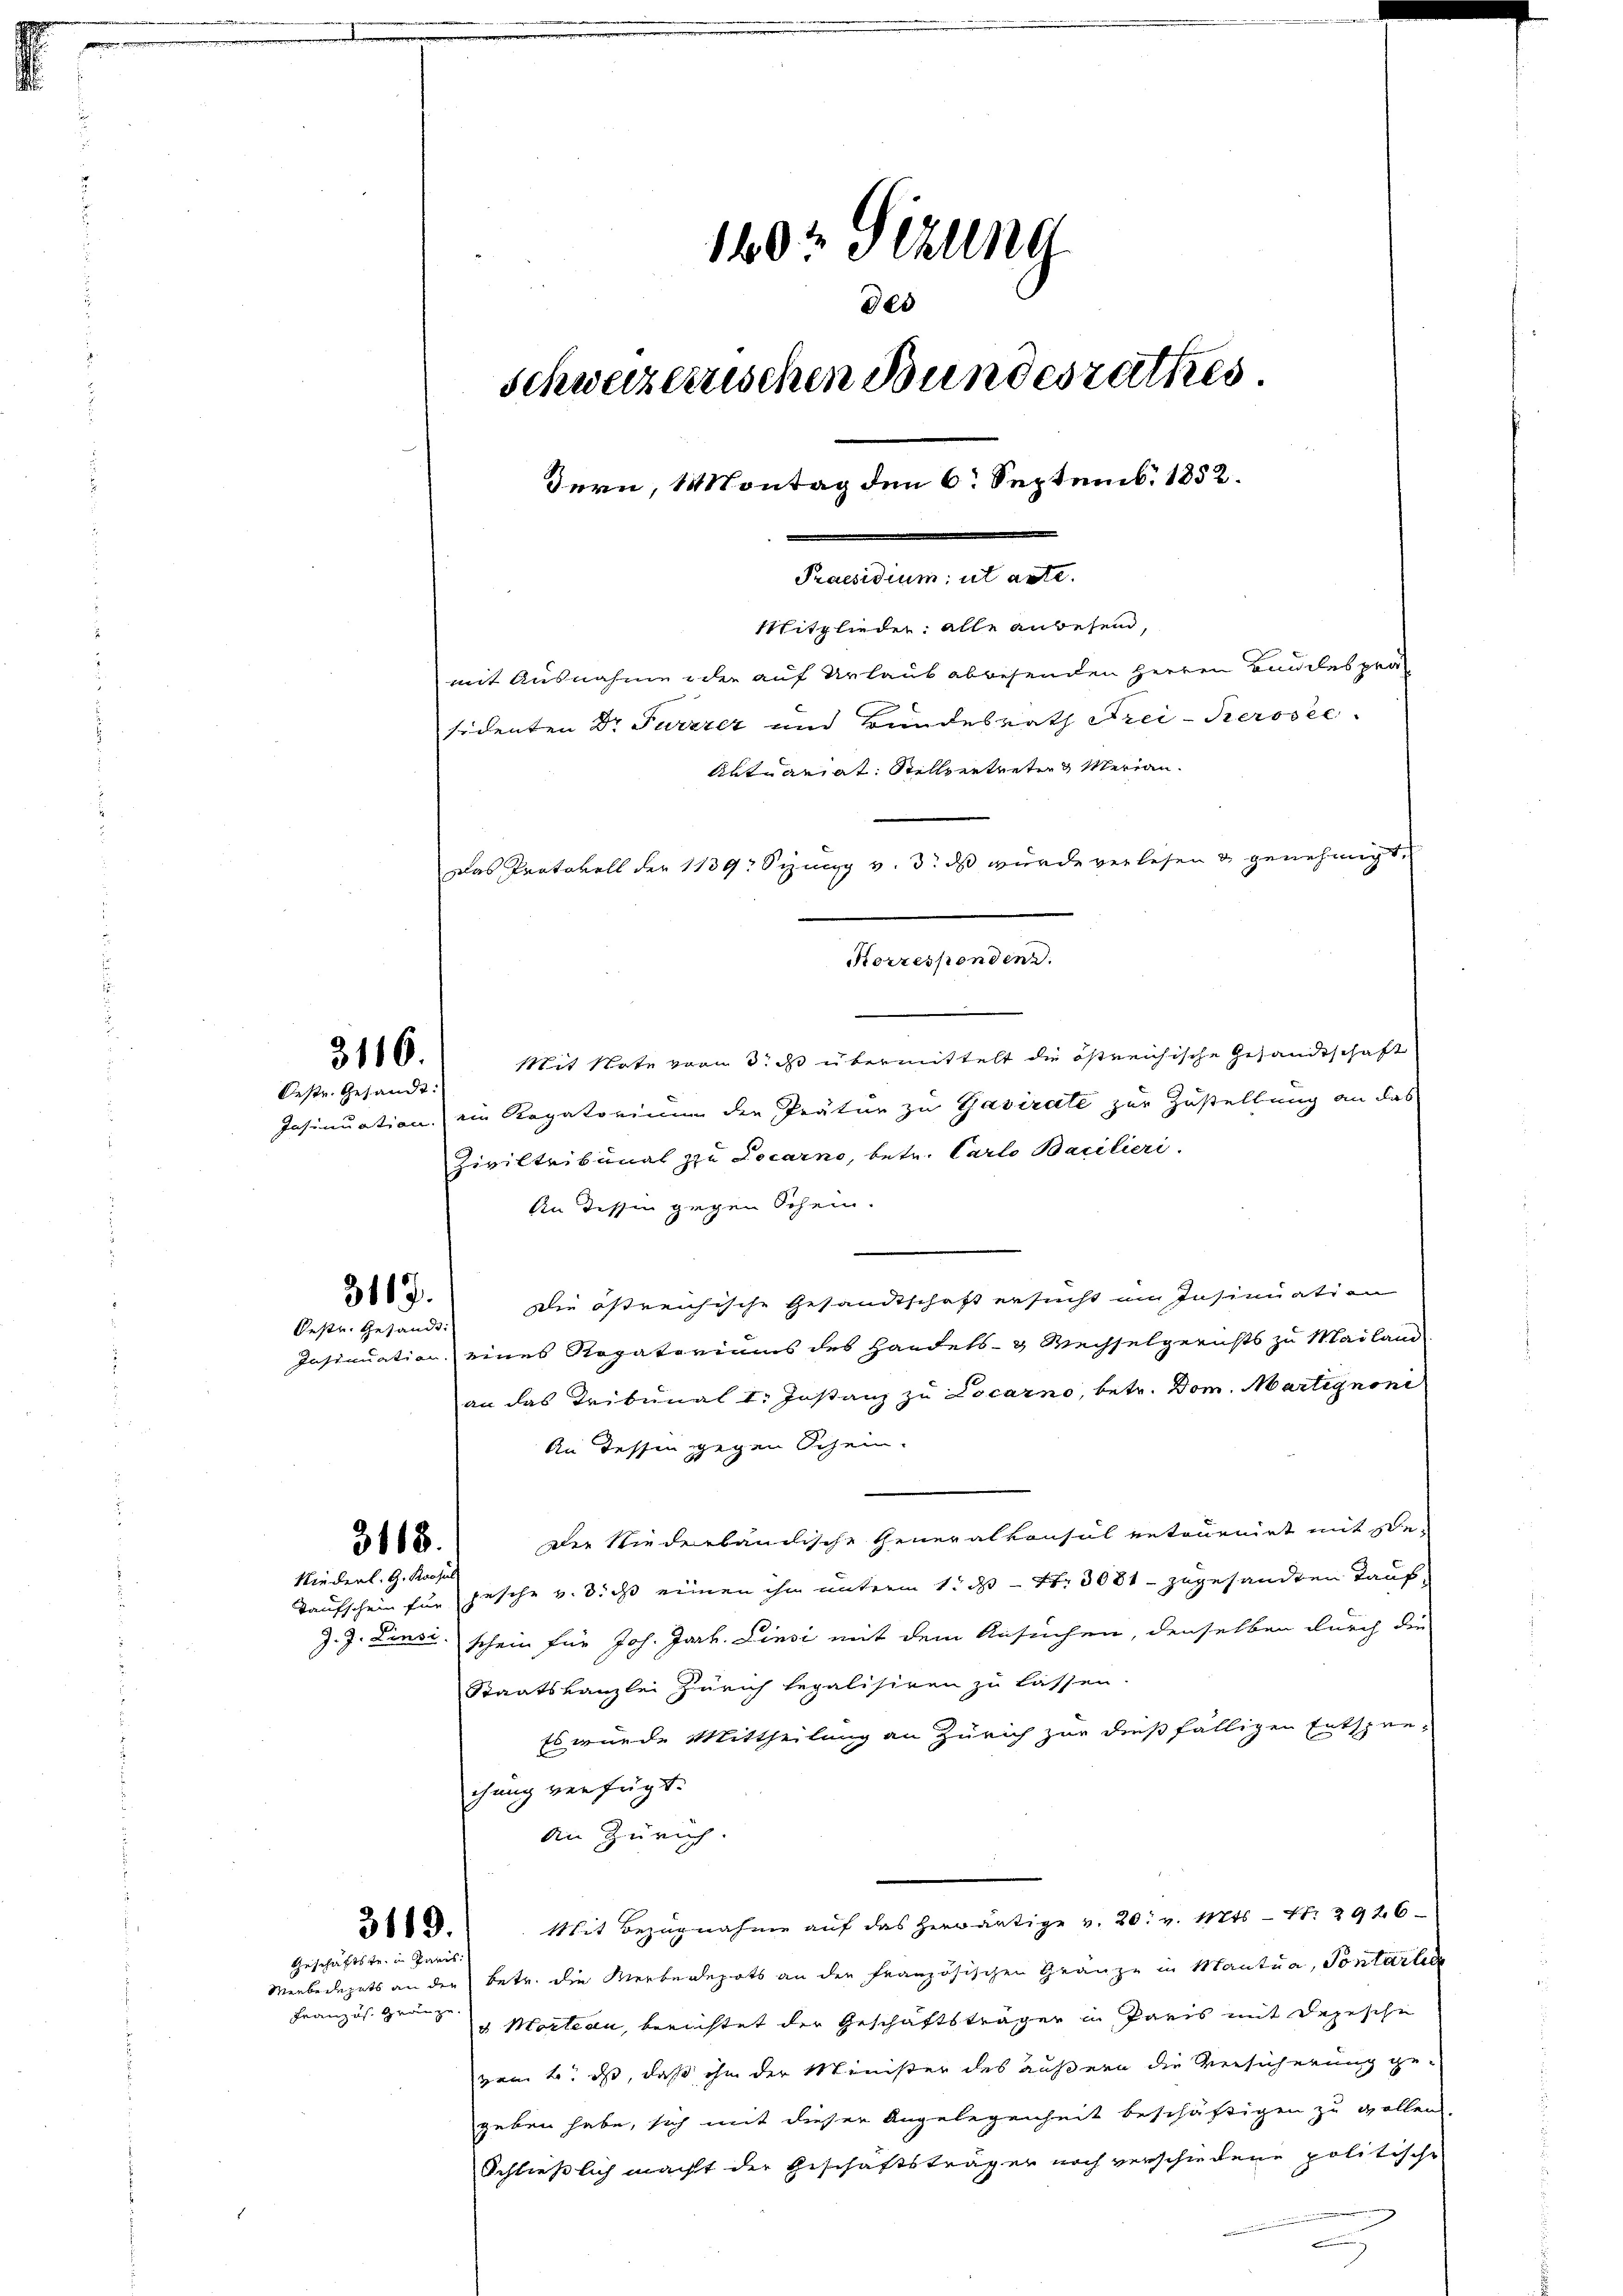
3116.
Oestr. Gesandt:

3117.
Oestr. Gesandt:

Mit Note vom 3. ds übermittelt die östreichische Gesandtschaft
Insinuation, ein Rogatorium der Prätur zu Gasirate zur Zustellung an das
Ziviltribunal zu Locarno, betr. Carlo Bacilieri
An dessen gegen Schein.
Die östreichische Gesandtschaft ersucht im Insinuation
Insinuation eines Rogatoriums des Handels- & Wechselgerichts zu Mailand
an das Tribunal I. Instanz zu Locarno, betr. Dom. Martignone
An dessen gegen Schein.
Die Niederbändische Generalkonsul retournirt mit se¬
Taufschein für gesehe u. dieß einen ihm unterm 1. ds Nr. 3081 - zugesandten Tauf-
J. J. Zinsi schein für Joh. Jarh. Linsi mit dem Ansuchen, denselben durch die
Staatskanzlei Zürich legalisiren zu lassen
Es wurde Mittheilung an Zürich zur dießfälligen Entsprechung verfügt:
An Zürich.
Mit Bezugnahme auf das herwärtige v. 20. v. Mts. - No. 2926
Menbedegets an der betr. die Merbendepots an der Französischen Gränze in Mantua, Pontarler
u Marteau, berichtet der Geschäftsträger in Paris mit depesche
vom 2. ds, daß ihm der Minister des äußern die Versicherung gegeben habe, sich mit dieser Angelegenheit beschäftigen zu wollen.
Schließlich macht der Geschäftsträger noch verschiedene politische
.

3118.
Niederl. G. Konsul

3119.
Geschäftste in Paris.

Französ. Gränze.

160 Sezung
des
schweizerischen Bundesrathes
Bern, Montag den 6. Septemb. 1852.
Praesidium ut acte.
Mitglieder: alle anwesend,
mit Ausnahme der auf Urlaub abwesenden Herren Bundes pra
sidenten Dr Furrrer und Bundesrath Frei-Kerosec
Aktuariat Stellvertreten Meriann
Das Protokoll der 1139. Sizung v. 3. ds wurde verlesen & genehmigt,

Korrespenden